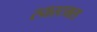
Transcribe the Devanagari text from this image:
स्यस्टमस